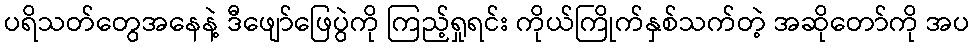
ပရိသတ်တွေအနေနဲ့ ဒီဖျော်ဖြေပွဲကို ကြည့်ရှုရင်း ကိုယ်ကြိုက်နှစ်သက်တဲ့ အဆိုတော်ကို အပ